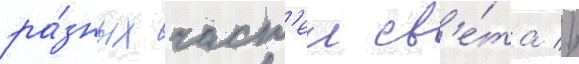
ра́зных част'еи св'е́та //